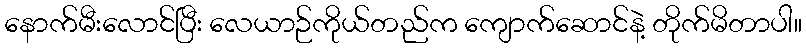
နောက်မီးလောင်ပြီး လေယာဉ်ကိုယ်တည်က ကျောက်ဆောင်နဲ့ တိုက်မိတာပါ။